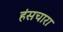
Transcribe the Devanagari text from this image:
हंसचारा